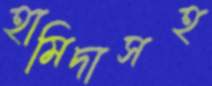
হামিদাসহ